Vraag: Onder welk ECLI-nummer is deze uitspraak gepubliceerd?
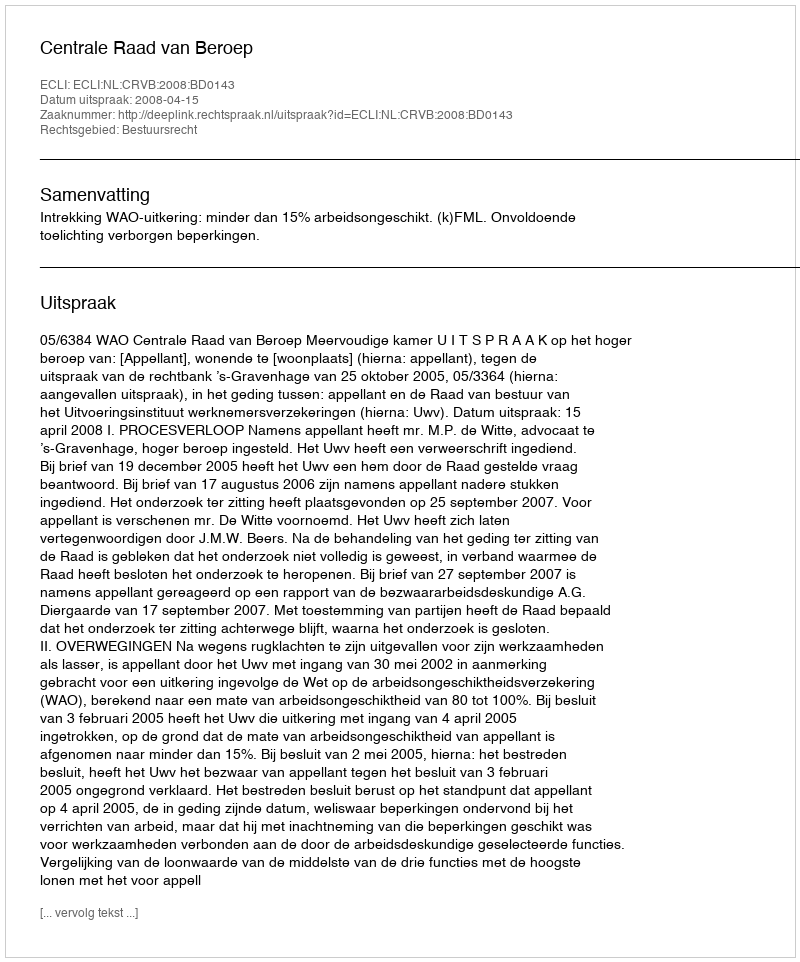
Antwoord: ECLI:NL:CRVB:2008:BD0143